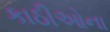
કાઠીઓના